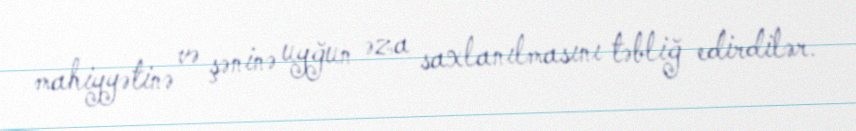
mahiyyətinə və şəninə uyğun əza saxlanılmasını təbliğ edirdilər.